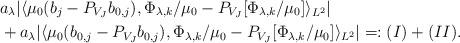
LaTeX: \begin{align*}& a_\lambda |\langle \mu_0(b_j-P_{V_J} b_{0,j}), \Phi_{\lambda,k}/\mu_0 - P_{V_J} [\Phi_{\lambda,k}/\mu_0] \rangle_{L^2}| \\& + a_\lambda |\langle \mu_0(b_{0,j}-P_{V_J} b_{0,j}), \Phi_{\lambda,k}/\mu_0 - P_{V_J} [\Phi_{\lambda,k}/\mu_0] \rangle_{L^2}| =: (I) + (II).\end{align*}